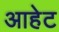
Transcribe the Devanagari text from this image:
आहेट